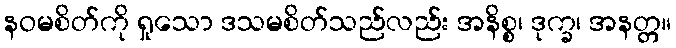
နဝမစိတ်ကို ရှုသော ဒသမစိတ်သည်လည်း အနိစ္စ၊ ဒုက္ခ၊ အနတ္တ။